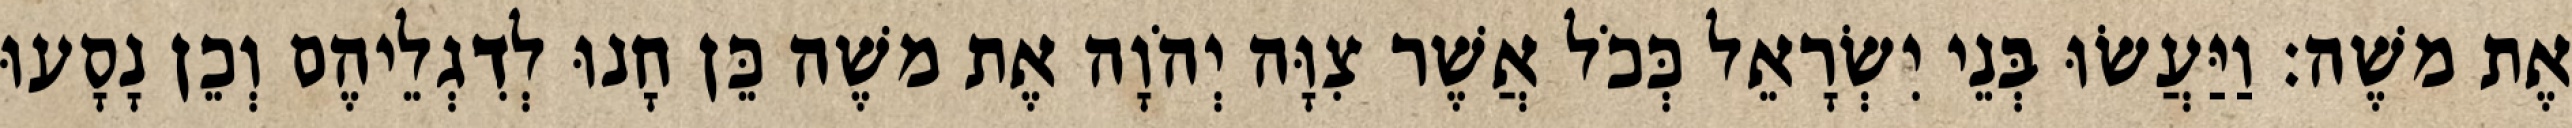
אֶת משֶׁה׃ וַיַּעֲשׂוּ בְּנֵי יִשְׂרָאֵל כְּכֹל אֲשֶׁר צִוָּה יְהֹוָה אֶת משֶׁה כֵּן חָנוּ לְדִגְלֵיהֶם וְכֵן נָסָעוּ